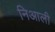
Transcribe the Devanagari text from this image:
निआली